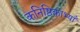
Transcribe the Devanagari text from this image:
कनिष्ठिकाभ्याँ